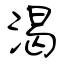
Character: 渴